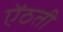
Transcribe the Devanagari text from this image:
ऐंठती